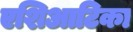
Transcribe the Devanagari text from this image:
एशिआटिका